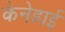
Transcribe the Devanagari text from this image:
केनेडाई